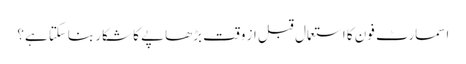
اسمارٹ فون کا استعمال قبل از وقت بڑھاپے کا شکار بناسکتا ہے؟